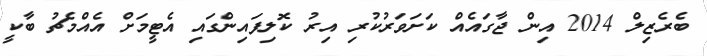
ބެރެޒިލް 2014 އިން ޖާގައެއް ކަށަވަރުކުރި އިރު ކޮލިފައިންގައި އެޓީމަށް އެއްމެޗު ބާކީ